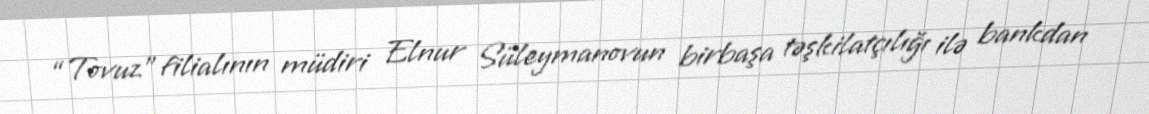
“Tovuz” filialının müdiri Elnur Süleymanovun birbaşa təşkilatçılığı ilə bankdan